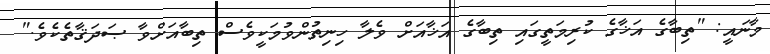
މާނައީ: "ތިބާގެ އަޚާގެ ކުރިމަތީގައި ތިބާގެ އަޚާއަށް ވެލާ ހިނިތުންވުމަކީވެސް ތިބާއަށްވާ ޞަދަޤާތެކެވެ."